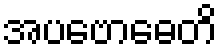
အပဗောဓေတိ